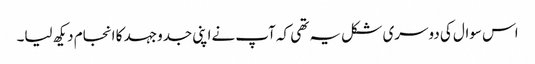
اس سوال کی دوسری شکل یہ تھی کہ آپ نےاپنی جدوجہد کا انجام دیکھ لیا۔